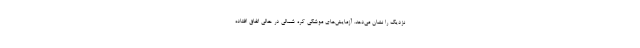
نزدیک را نشان می‌دهد. آزمایش‌های موشکی کره شمالی در حالی اتفاق افتاده